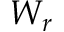
W _ { r }